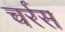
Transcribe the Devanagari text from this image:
चर्रस